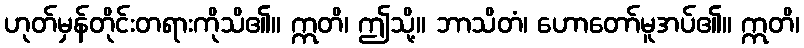
ဟုတ်မှန်တိုင်းတရားကိုသိ၏။ ဣတိ၊ ဤသို့။ ဘာသိတံ၊ ဟောတော်မူအပ်၏။ ဣတိ၊